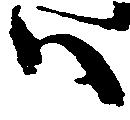
ハ